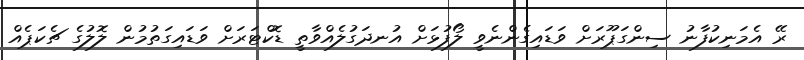
ރޭ އެމަނިކުފާނު ސިންގަޕޫރަށް ވަޑައިގެންނެވީ ލޯފުޅަށް އުނދަގުލެއްވާތީ ޑޮކްޓަރަށް ވަޑައިގަތުމުން ލޮލުގެ ޗެކަޕެއް